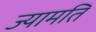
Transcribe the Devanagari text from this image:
ज्यामति